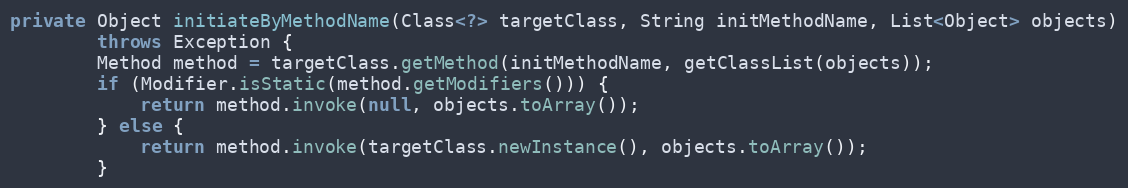
Language: Java
private Object initiateByMethodName(Class<?> targetClass, String initMethodName, List<Object> objects)
        throws Exception {
        Method method = targetClass.getMethod(initMethodName, getClassList(objects));
        if (Modifier.isStatic(method.getModifiers())) {
            return method.invoke(null, objects.toArray());
        } else {
            return method.invoke(targetClass.newInstance(), objects.toArray());
        }